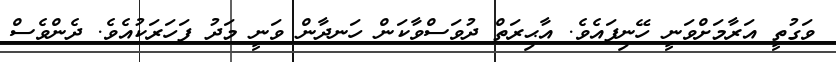
ވަގުތީ އަރާމަށްވަނީ ހޭނިފައެވެ. އާޙިރަތް ދުވަސްވާކަން ހަނދާން ވަނީ މަދު ފަހަރަކުއެވެ. ދެންވެސް